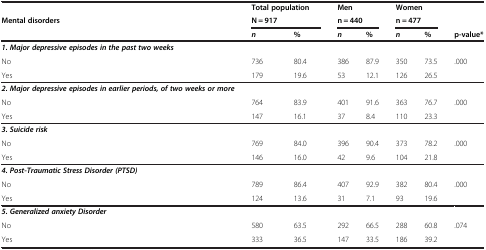
|  | <COLSPAN=2> Total population | <COLSPAN=2> Men | <COLSPAN=2> Women |  |
 | Mental disorders | <COLSPAN=2> N = 917 | <COLSPAN=2> n = 440 | <COLSPAN=2> n = 477 |  |
 |  | n | % | n | % | n | % | p-value* |
 | --- | --- | --- | --- | --- | --- | --- | --- |
 | 1. Major depressive episodes in the past two weeks |  |  |  |  |  |  |  |
 | No | 736 | 80.4 | 386 | 87.9 | 350 | 73.5 | .000 |
 | Yes | 179 | 19.6 | 53 | 12.1 | 126 | 26.5 |  |
 | 2. Major depressive episodes in earlier periods, of two weeks or more |  |  |  |  |  |  |  |
 | No | 764 | 83.9 | 401 | 91.6 | 363 | 76.7 | .000 |
 | Yes | 147 | 16.1 | 37 | 8.4 | 110 | 23.3 |  |
 | 3. Suicide risk |  |  |  |  |  |  |  |
 | No | 769 | 84.0 | 396 | 90.4 | 373 | 78.2 | .000 |
 | Yes | 146 | 16.0 | 42 | 9.6 | 104 | 21.8 |  |
 | 4. Post-Traumatic Stress Disorder (PTSD) |  |  |  |  |  |  |  |
 | No | 789 | 86.4 | 407 | 92.9 | 382 | 80.4 | .000 |
 | Yes | 124 | 13.6 | 31 | 7.1 | 93 | 19.6 |  |
 | 5. Generalized anxiety Disorder |  |  |  |  |  |  |  |
 | No | 580 | 63.5 | 292 | 66.5 | 288 | 60.8 | .074 |
 | Yes | 333 | 36.5 | 147 | 33.5 | 186 | 39.2 |  |